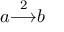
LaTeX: a { \overset { 2 } { \longrightarrow } } b